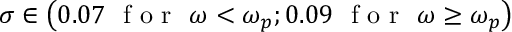
\sigma \in \left( 0 . 0 7 \, \, \mathrm { ~ f ~ o ~ r ~ } \, \, \omega < \omega _ { p } ; 0 . 0 9 \, \, \mathrm { ~ f ~ o ~ r ~ } \, \, \omega \ge \omega _ { p } \right)